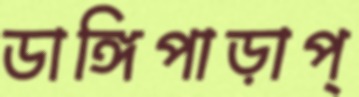
ডাঙ্গিপাড়াপ্